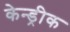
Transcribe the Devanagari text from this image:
केन्ड्रीक